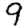
Digit: 9